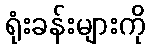
ရုံးခန်းများကို